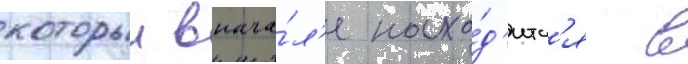
которыи внача́л'е нахо́д'итс'я в